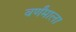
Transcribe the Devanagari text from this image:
वर्णंमाला